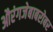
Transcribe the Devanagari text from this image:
औरंगजेबाबरोबर